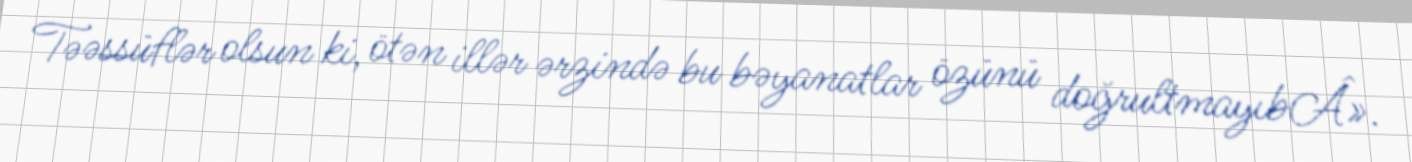
Təəssüflər olsun ki, ötən illər ərzində bu bəyanatlar özünü doğrultmayıbÂ».